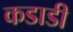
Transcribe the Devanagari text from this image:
कडाडी